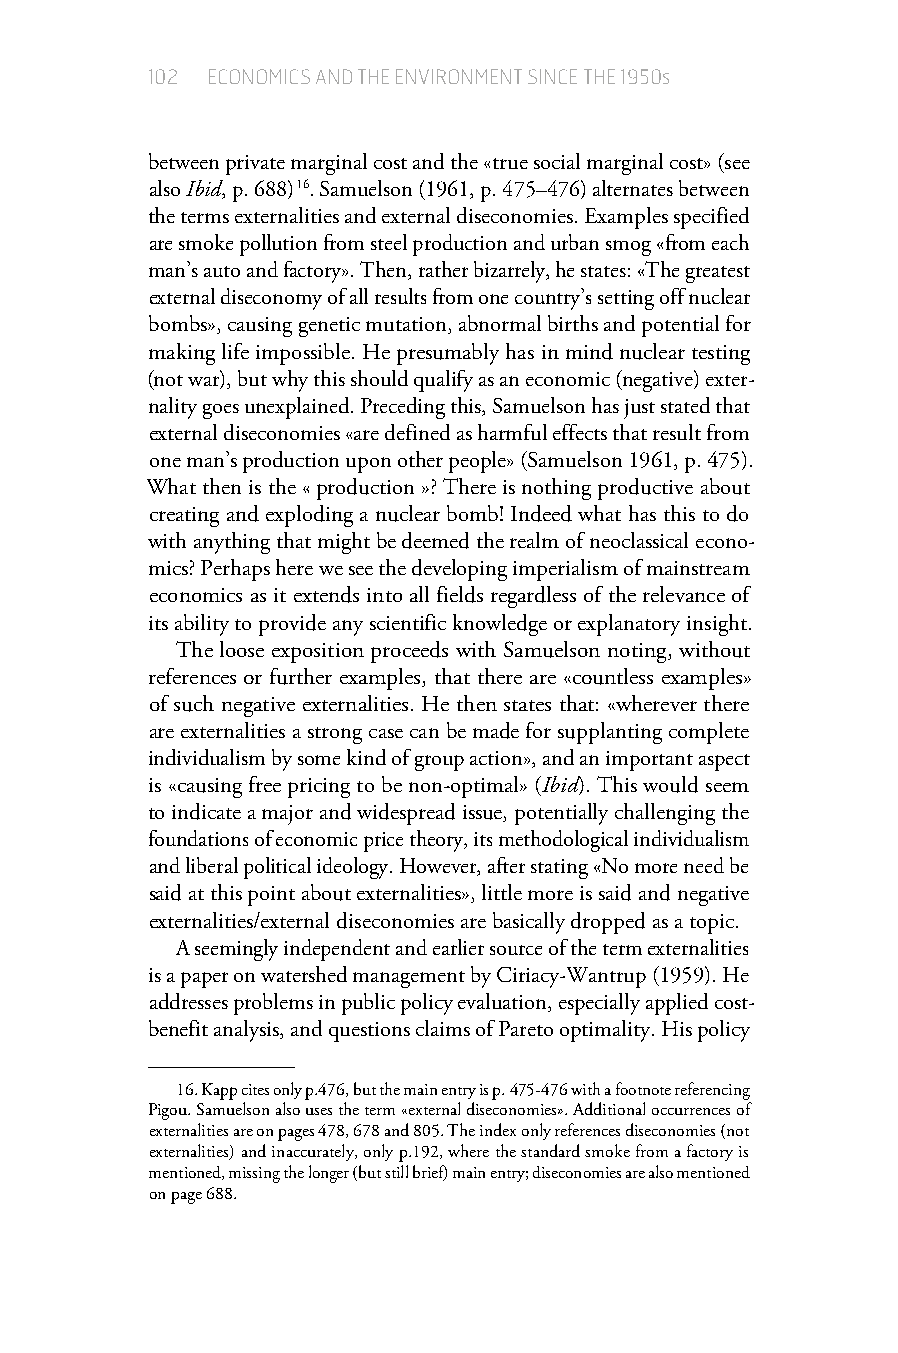
102 ECONOMICS AND THE ENVIRONMENT SINCE THE 1950s
 between private marginal cost and the «true social marginal cost» (see
 also Ibid, p. 688) 16. Samuelson (1961, p. 475–476) alternates between
 the terms externalities and external diseconomies. Examples specified
 are smoke pollution from steel production and urban smog «from each
 man’s auto and factory». Then, rather bizarrely, he states: «The greatest
 external diseconomy of all results from one country’s setting off nuclear
 bombs», causing genetic mutation, abnormal births and potential for
 making life impossible. He presumably has in mind nuclear testing
 (not war), but why this should qualify as an economic (negative) exter-
 nality goes unexplained. Preceding this, Samuelson has just stated that
 external diseconomies «are defined as harmful effects that result from
 one man’s production upon other people» (Samuelson 1961, p. 475).
 What then is the « production »? There is nothing productive about
 creating and exploding a nuclear bomb! Indeed what has this to do
 with anything that might be deemed the realm of neoclassical econo-
 mics? Perhaps here we see the developing imperialism of mainstream
 economics as it extends into all fields regardless of the relevance of
 its ability to provide any scientific knowledge or explanatory insight.
 The loose exposition proceeds with Samuelson noting, without
 references or further examples, that there are «countless examples»
 of such negative externalities. He then states that: «wherever there
 are externalities a strong case can be made for supplanting complete
 individualism by some kind of group action», and an important aspect
 is «causing free pricing to be non-optimal» (Ibid). This would seem
 to indicate a major and widespread issue, potentially challenging the
 foundations of economic price theory, its methodological individualism
 and liberal political ideology. However, after stating «No more need be
 said at this point about externalities», little more is said and negative
 externalities/external diseconomies are basically dropped as a topic.
 A seemingly independent and earlier source of the term externalities
 is a paper on watershed management by Ciriacy-Wantrup (1959). He
 addresses problems in public policy evaluation, especially applied cost-
 benefit analysis, and questions claims of Pareto optimality. His policy
 16. Kapp cites only p.476, but the main entry is p. 475-476 with a footnote referencing
 Pigou. Samuelson also uses the term «external diseconomies». Additional occurrences of
 externalities are on pages 478, 678 and 805. The index only references diseconomies (not
 externalities) and inaccurately, only p.192, where the standard smoke from a factory is
 mentioned, missing the longer (but still brief) main entry; diseconomies are also mentioned
 on page 688.